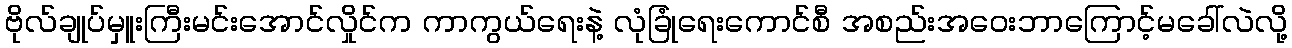
ဗိုလ်ချုပ်မှူးကြီးမင်းအောင်လှိုင်က ကာကွယ်ရေးနဲ့ လုံခြုံရေးကောင်စီ အစည်းအဝေးဘာကြောင့်မခေါ်လဲလို့